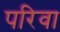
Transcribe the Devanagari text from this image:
परिवा